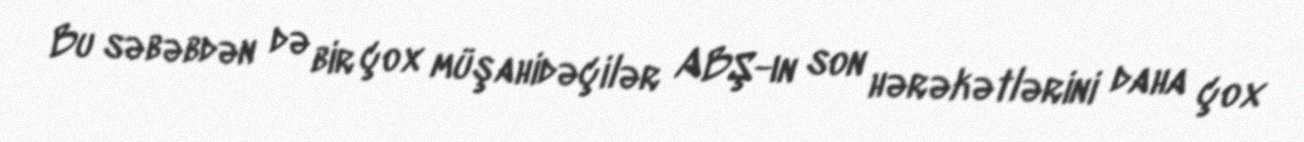
Bu səbəbdən də bir çox müşahidəçilər ABŞ-ın son hərəkətlərini daha çox